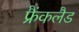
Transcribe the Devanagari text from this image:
फ्रैंकलैड